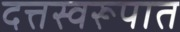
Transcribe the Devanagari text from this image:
दत्तस्वरूपात